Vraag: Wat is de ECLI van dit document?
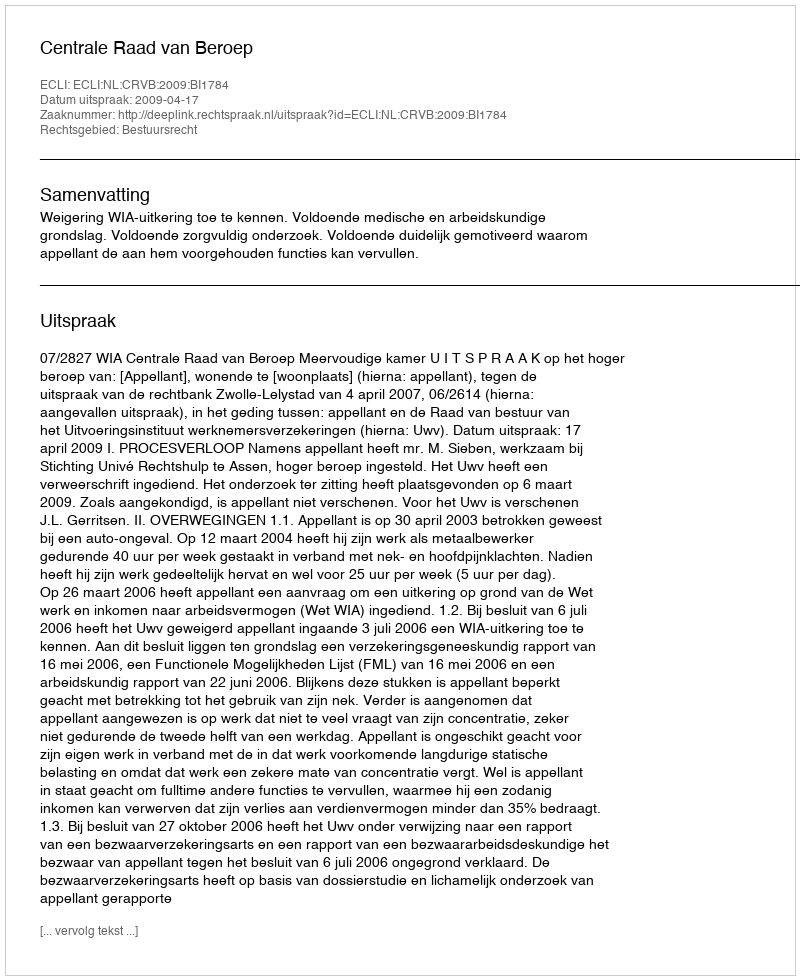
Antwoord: ECLI:NL:CRVB:2009:BI1784